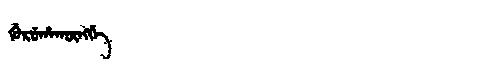
Manchu: ᡤᡠᡵᡠᡥᠠᡴᡡᠩᡤᡝ
Romanization: GURUHAKŪNGGE